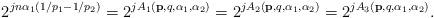
LaTeX: \begin{align*}2^{jn\alpha_1(1/p_1-1/p_2)}=2^{jA_1(\mathbf{p},q,\alpha_1,\alpha_2)}=2^{jA_2(\mathbf{p},q,\alpha_1,\alpha_2)}=2^{jA_3(\mathbf{p},q,\alpha_1,\alpha_2)}.\end{align*}